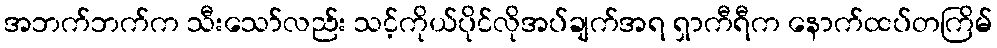
အဘက်ဘက်က သီးသော်လည်း သင့်ကိုယ်ပိုင်လိုအပ်ချက်အရ ရှာကီရီက နောက်ထပ်တကြိမ်